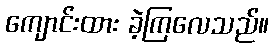
ကျောင်းထား ခဲ့ကြလေသည်။